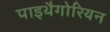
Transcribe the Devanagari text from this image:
पाइथैगोरियन